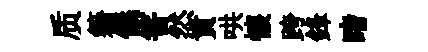
质籍儀筈然賁哄懐跨鋒睹